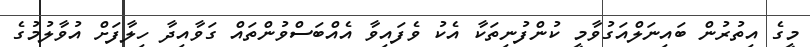
މީގެ އިތުރުން ބައިނަލްއަގުވާމީ ކުންފުނިތަކާ އެކު ވެފައިވާ އެއްބަސްވުންތައް ގަވާއިދާ ހިލާފަށް އުވާލުމުގެ